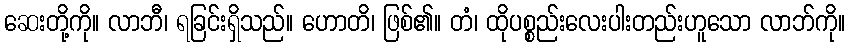
ဆေးတို့ကို။ လာဘီ၊ ရခြင်းရှိသည်။ ဟောတိ၊ ဖြစ်၏။ တံ၊ ထိုပစ္စည်းလေးပါးတည်းဟူသော လာဘ်ကို။